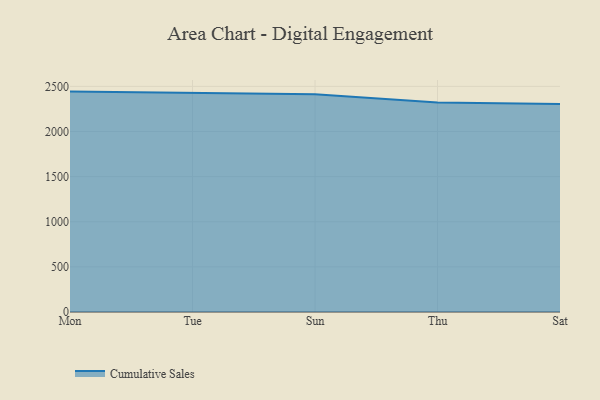
{"axis": {"x": "Day", "y": "Inventory Turnover"}, "legend": ["Cumulative Sales"], "data": [{"x": "Mon", "y": 2442.3, "type": "Cumulative Sales"}, {"x": "Tue", "y": 2427.5, "type": "Cumulative Sales"}, {"x": "Sun", "y": 2412.7, "type": "Cumulative Sales"}, {"x": "Thu", "y": 2322.0, "type": "Cumulative Sales"}, {"x": "Sat", "y": 2306.0, "type": "Cumulative Sales"}]}